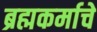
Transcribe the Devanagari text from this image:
ब्रह्मकर्माचे